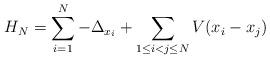
LaTeX: \begin{align*} H_{N} = \sum_{i=1}^N -\Delta_{x_i} + \sum_{1\leq i < j \leq N} V(x_i-x_j)\end{align*}